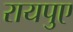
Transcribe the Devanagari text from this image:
रायपुए